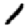
Digit: 1